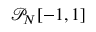
\mathcal { P } _ { N } [ - 1 , 1 ]